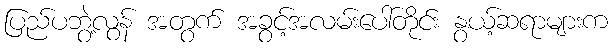
ပြည်ပဘွဲ့လွန် အတွက် အခွင့်အလမ်းပေါ်တိုင်း နွယ့်ဆရာများက